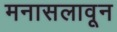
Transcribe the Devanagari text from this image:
मनासलावून